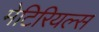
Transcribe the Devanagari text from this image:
मेटिरियल्स